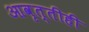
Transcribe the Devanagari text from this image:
आवृत्तीही